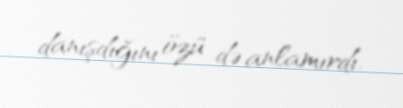
danışdığını özü də anlamırdı.